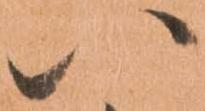
い